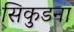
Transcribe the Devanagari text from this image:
सिकुडना